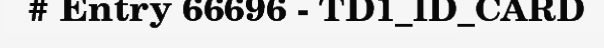
# Entry 66696 - TD1_ID_CARD